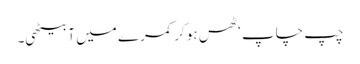
چپ چاپ ‘ ٹھس ہو کر کمرے میں آ بیٹھی۔